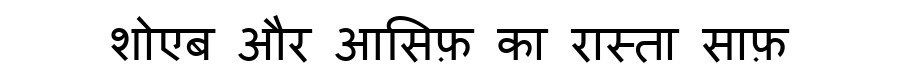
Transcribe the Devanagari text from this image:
शोएब और आसिफ़ का रास्ता साफ़